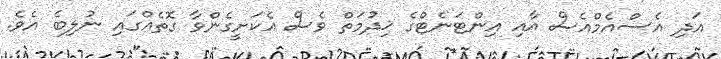
އަދި އެސްއެމްއެސް އާއި އިންޓަނެޓްގެ ޚިދުމަތް ވެސް އެކަށީގެންވާ ގޮތެއްގައި ނުލިބެ އެވެ.